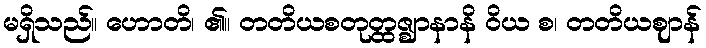
မရှိသည်။ ဟောတိ၊ ၏။ တတိယစတုတ္ထဇ္ဈာနာနိ ဝိယ စ၊ တတိယဈာန်